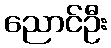
ညောင်ဦး